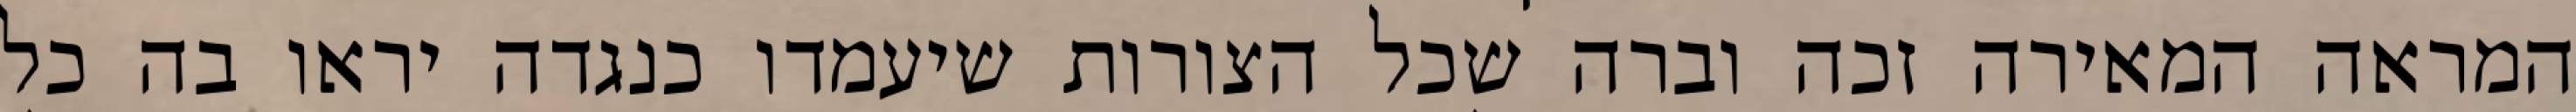
המראה המאירה זכה וברה שכל הצורות שיעמדו כנגדה יראו בה כל